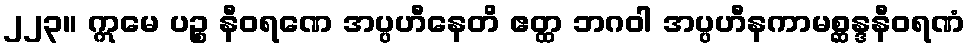
၂၂၃။ ဣမေ ပဉ္စ နီဝရဏေ အပ္ပဟီနေတိ ဧတ္ထ ဘဂဝါ အပ္ပဟီနကာမစ္ဆန္ဒနီဝရဏံ